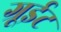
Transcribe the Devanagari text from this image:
ग्रूईट